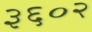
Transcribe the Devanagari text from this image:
३६०२